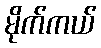
မိုက်ကယ်